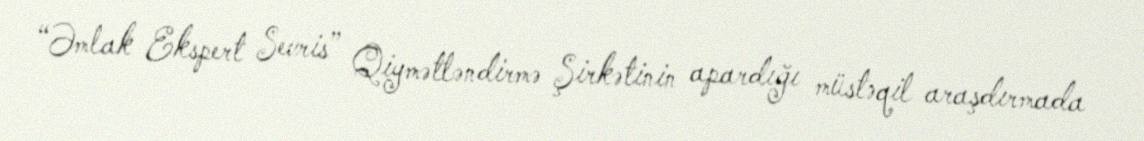
“Əmlak Ekspert Sevris” Qiymətləndirmə Şirkətinin apardığı müstəqil araşdırmada